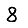
Digit: 8